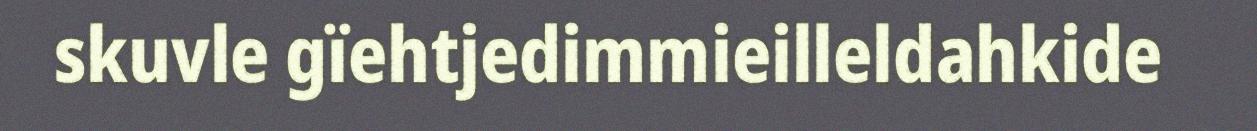
skuvle gïehtjedimmieilleldahkide